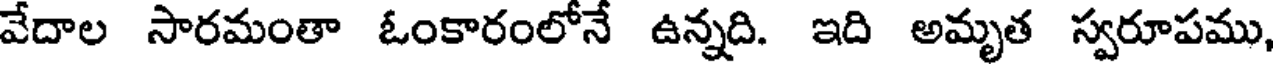
వేదాల సారమంతా ఓంకారంలోనే ఉన్నది. ఇది అమృత స్వరూపము,